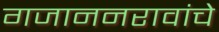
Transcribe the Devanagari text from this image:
गजाननरावांचे